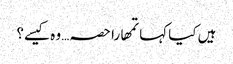
ہیں کیا کہا تمھارا حصہ… وہ کیسے؟